Papers set at the Examination for Leaving Certificates, 1889
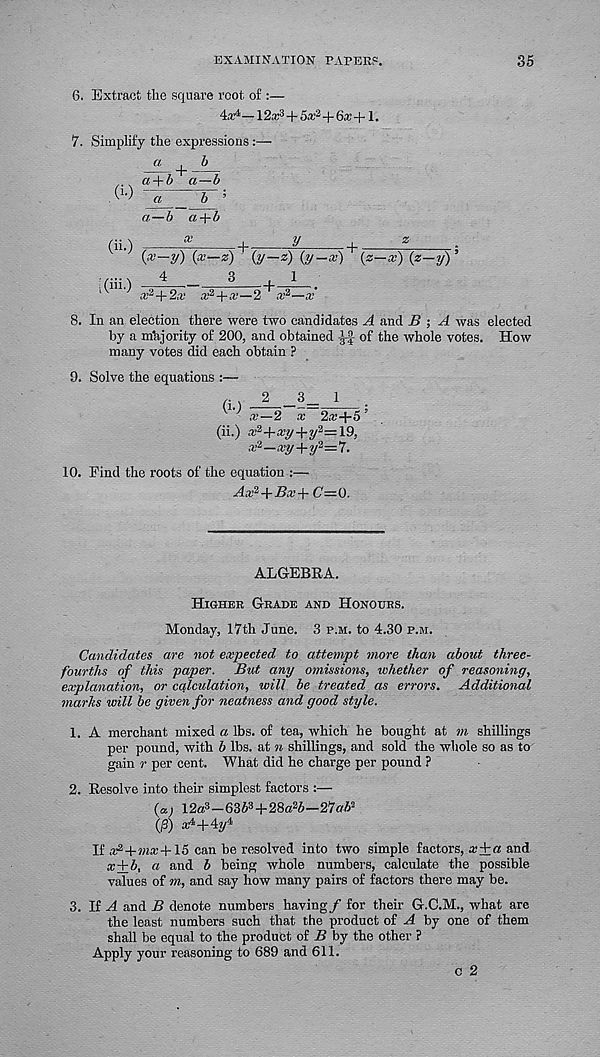
EXAMINATION PAPEEP.
35
6. Extract the square root of :—
4X 4 — 12a: 3 + 5a; a +6a: +1.
7. Simplify the expressions :—
. a + 5 a—6
(L) ^ZIL ;
a — 5 a+i
(h.)
I.
y
+
s
(*-2/) 0—z) (y-«) (y-«) (z-x) (z-y)’
aii - )
4
3
1
1
x 2 +2x x 2 +x—2 x 2 —x
8. In an election there were two candidates A and B ; A was elected
by a majority of 200, and obtained
of the whole votes. How
many votes did each obtain ?
9. Solve the equations :—
(i
2 _3_ 1
x—2 x 2a:+5 ’
(ii.) a: 2 +xy-)-y 2 = 19.
x 2 —xy+y 2 —'7-
10. Find the roots of the equation :—
Ax 2 -\-Bx-\- (7=0.
ALGEBRA.
Higher Grade and Honours.
Monday, 17th June. 3 p.m. to 4.30 p.m.
Candidates are not expected to attempt more than about three-
fourths of this paper. But any omissions, whether of reasoning,
explanation, or calculation, will be treated as errors. Additional
marks will be given for neatness and good style.
1. A merchant mixed a lbs. of tea, which he bought at m shillings
per pound, with b lbs. at n shillings, and sold the whole so as to
gain r per cent. What did he charge per pound ?
2. Resolve into their simplest factors :—
(a.) 12« 3 - 6 3 P+2 8a 2 i - 21 ah'-
Q3) a4+4y 4
If a^+Mia:+15 can be resolved into two simple factors, xfa and
x+b, a and b being whole numbers, calculate the possible
values of m, and say how many pairs of factors there may be.
3. If A and B denote numbers having/ for their G.C.M., what are
the least numbers such that the product of A by one of them
shall be equal to the product of B by the other ?
Apply your reasoning to 689 and 611.
c 2